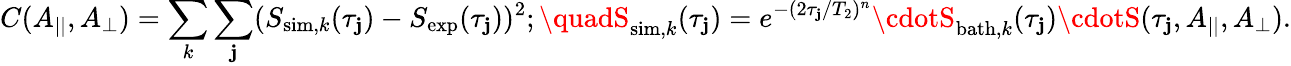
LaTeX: C(A_{||},A_{\perp})=\sum_{k}\sum_{\mathbf{j}}(S_{\mathrm{{sim}},k}(\tau_{\mathbf{j}})-S_{\mathrm{{exp}}}(\tau_{\mathbf{j}}))^{2};\quadS_{\mathrm{{sim}},k}(\tau_{\mathbf{j}})=e^{-(2\tau_{\mathbf{j}}/T_{2})^{n}}\cdotS_{\mathrm{{bath}},k}(\tau_{\mathbf{j}})\cdotS(\tau_{\mathbf{j}},A_{||},A_{\perp}).